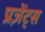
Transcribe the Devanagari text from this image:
प्रज़ेंट्स